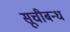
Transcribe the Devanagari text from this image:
सूचीबन्ध